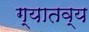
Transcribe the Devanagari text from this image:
ग्यातव्य